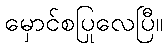
မှောင်စပြုလေပြီ။